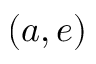
( a , e )